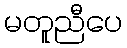
မတူညီပေ